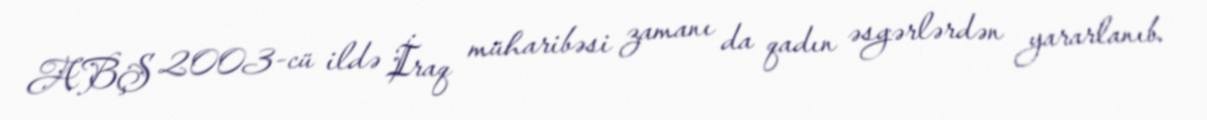
ABŞ 2003-cü ildə İraq müharibəsi zamanı da qadın əsgərlərdən yararlanıb.